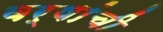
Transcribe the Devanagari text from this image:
वर्षांंची